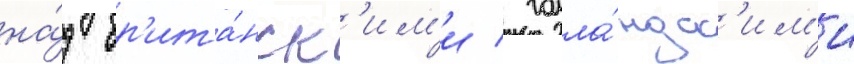
на́д бр'ита́нск'им'и / голла́ндск'им'и